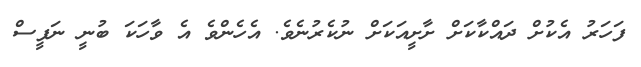
ފަހަރު އެކުށް ދައްކާކަށް ށާށީއަކަށް ނުކެރުނެވެ. އެހެންވެ އެ ވާހަކަ ބުނީ ނަފީސް